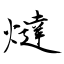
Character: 燵